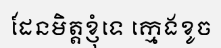
ដែនមិត្តខ្ញុំទេ ក្មេងខូច